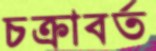
চক্রাবর্ত